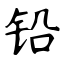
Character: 铅